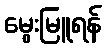
မွေးမြူရန်